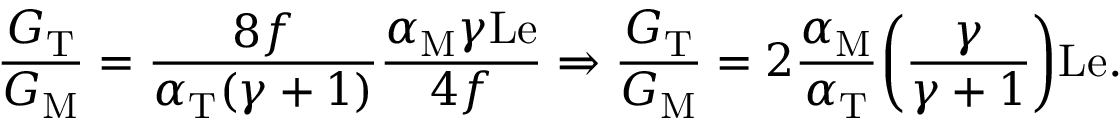
\frac { G _ { \mathrm { T } } } { G _ { \mathrm { M } } } = \frac { 8 f } { \alpha _ { \mathrm { T } } ( \gamma + 1 ) } \frac { \alpha _ { \mathrm { M } } \gamma \mathrm { L e } } { 4 f } \Rightarrow \frac { G _ { \mathrm { T } } } { G _ { \mathrm { M } } } = 2 \frac { \alpha _ { \mathrm { M } } } { \alpha _ { \mathrm { T } } } \bigg ( \frac { \gamma } { \gamma + 1 } \bigg ) \mathrm { L e } .